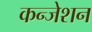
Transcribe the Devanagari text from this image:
कन्जेशन